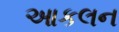
આકલન